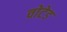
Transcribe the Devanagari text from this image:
वोटेड